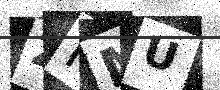
Text: ZRMU